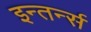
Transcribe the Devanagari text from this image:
इन्तर्न्स